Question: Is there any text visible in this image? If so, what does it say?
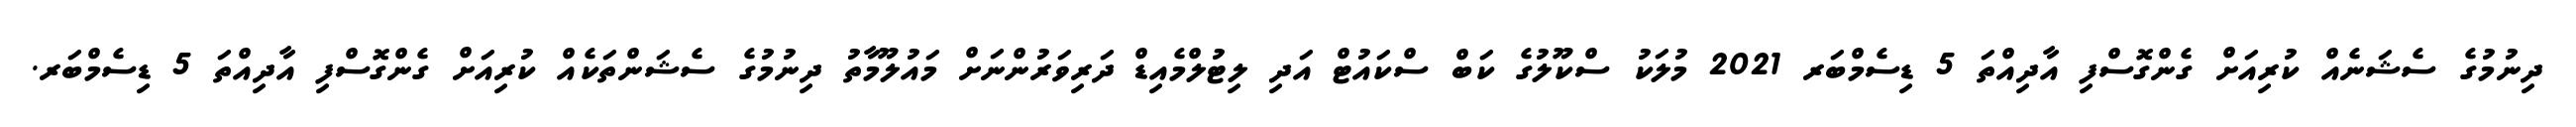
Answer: ދިނުމުގެ ސެޝަނެއް ކުރިއަށް ގެންގޮސްފި އާދިއްތަ 5 ޑިސެމްބަރ 2021 މުލަކު ސްކޫލުގެ ކަބް ސްކައުޓް އަދި ލިޓުލްމެއިޑް ދަރިވަރުންނަށް މައުލޫމާތު ދިނުމުގެ ސެޝަންތަކެއް ކުރިއަށް ގެންގޮސްފި އާދިއްތަ 5 ޑިސެމްބަރ.